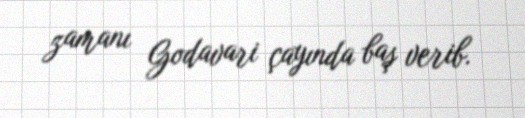
zamanı Godavari çayında baş verib.